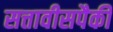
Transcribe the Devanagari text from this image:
सत्तावीसपैकी